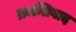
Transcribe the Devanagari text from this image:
क्रान्तिवाद